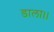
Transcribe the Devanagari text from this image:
डाला।।